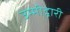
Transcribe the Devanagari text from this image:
उम्मीद्वारी